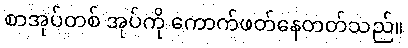
စာအုပ်တစ် အုပ်ကို ကောက်ဖတ်နေတတ်သည်။